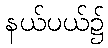
နယ်ပယ်၌